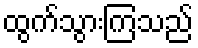
ထွက်သွားကြသည်